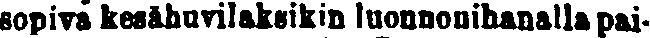
sopiva kesähuvilaksikin luonnonihanalla pai-